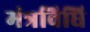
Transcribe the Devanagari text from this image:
मंत्रविधि